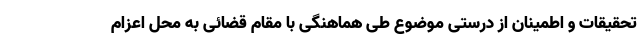
تحقیقات و اطمینان از درستی موضوع طی هماهنگی با مقام قضائی به محل اعزام